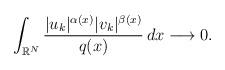
LaTeX: \begin{align*} \int_{\mathbb{R}^{N}}\frac{|u_k|^{\alpha(x)}|v_k|^{\beta(x)}}{q(x)}\,dx\longrightarrow 0.\end{align*}